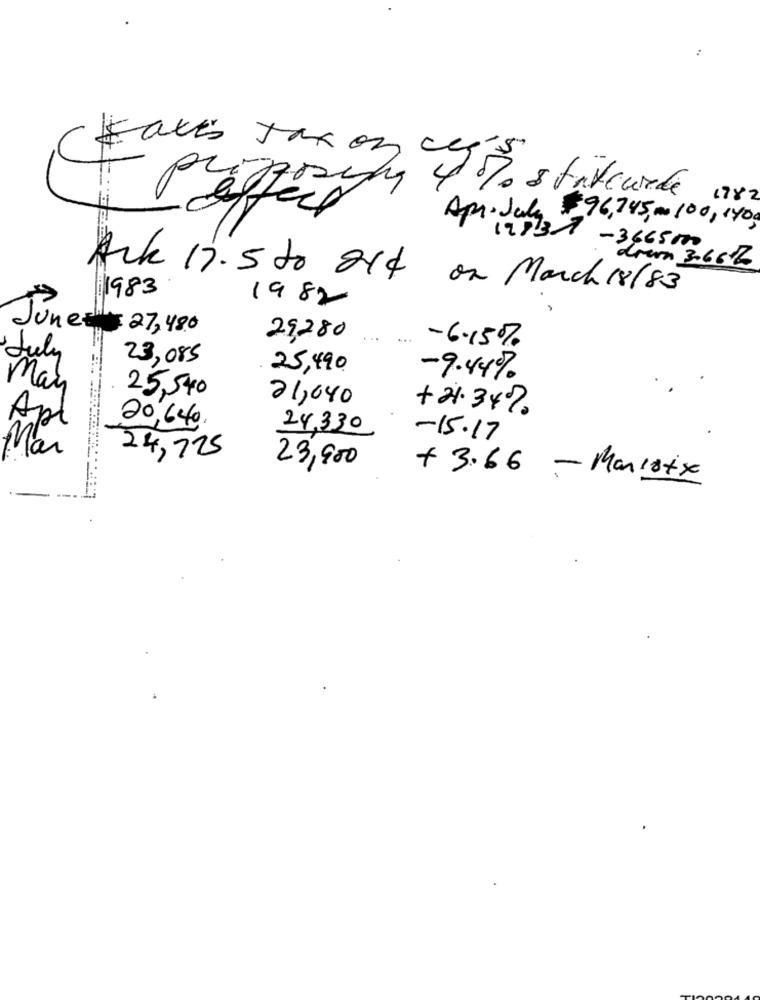
Fax's Jaxon chy's
prezzosing 4% stiteurde
17Y2
Apri July $ 96,745, 00 100, 140,
19731 -3665000
drer 3. 6 6 2
Ark 17.5 to 214 on March 18183
1983
1982
June 27, 480
29280
-6.15%
July
23,085
25,490
-9.44%
may
25,540
21,640
+ 21.34%.
Apl
-
20, 640.
24,330
-15.17
24,725
23,900
+3.66 - Manistse